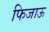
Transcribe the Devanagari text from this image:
फिजाऊ